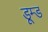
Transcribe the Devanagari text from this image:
डूम्ड